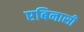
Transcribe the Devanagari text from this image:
एबिनासी